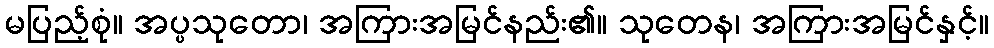
မပြည့်စုံ။ အပ္ပသုတော၊ အကြားအမြင်နည်း၏။ သုတေန၊ အကြားအမြင်နှင့်။